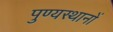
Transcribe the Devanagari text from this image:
पुण्यस्थानों